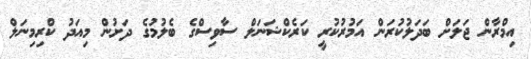
އިމްރާން ޖަލަށް ބަދަލުކުރަން އަމުރުކުރީ ކަރެކްޝަނަލް ސާވިސްގެ ބެލުމުގެ ދަށުން މިއަދު ކްރިމިނަލް